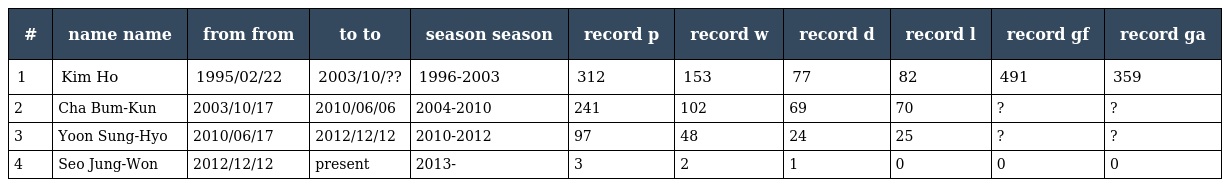
| # | name name | from from | to to | season season | record p | record w | record d | record l | record gf | record ga |
 | --- | --- | --- | --- | --- | --- | --- | --- | --- | --- | --- |
 | 1 | Kim Ho | 1995/02/22 | 2003/10/?? | 1996-2003 | 312 | 153 | 77 | 82 | 491 | 359 |
 | 2 | Cha Bum-Kun | 2003/10/17 | 2010/06/06 | 2004-2010 | 241 | 102 | 69 | 70 | ? | ? |
 | 3 | Yoon Sung-Hyo | 2010/06/17 | 2012/12/12 | 2010-2012 | 97 | 48 | 24 | 25 | ? | ? |
 | 4 | Seo Jung-Won | 2012/12/12 | present | 2013- | 3 | 2 | 1 | 0 | 0 | 0 |